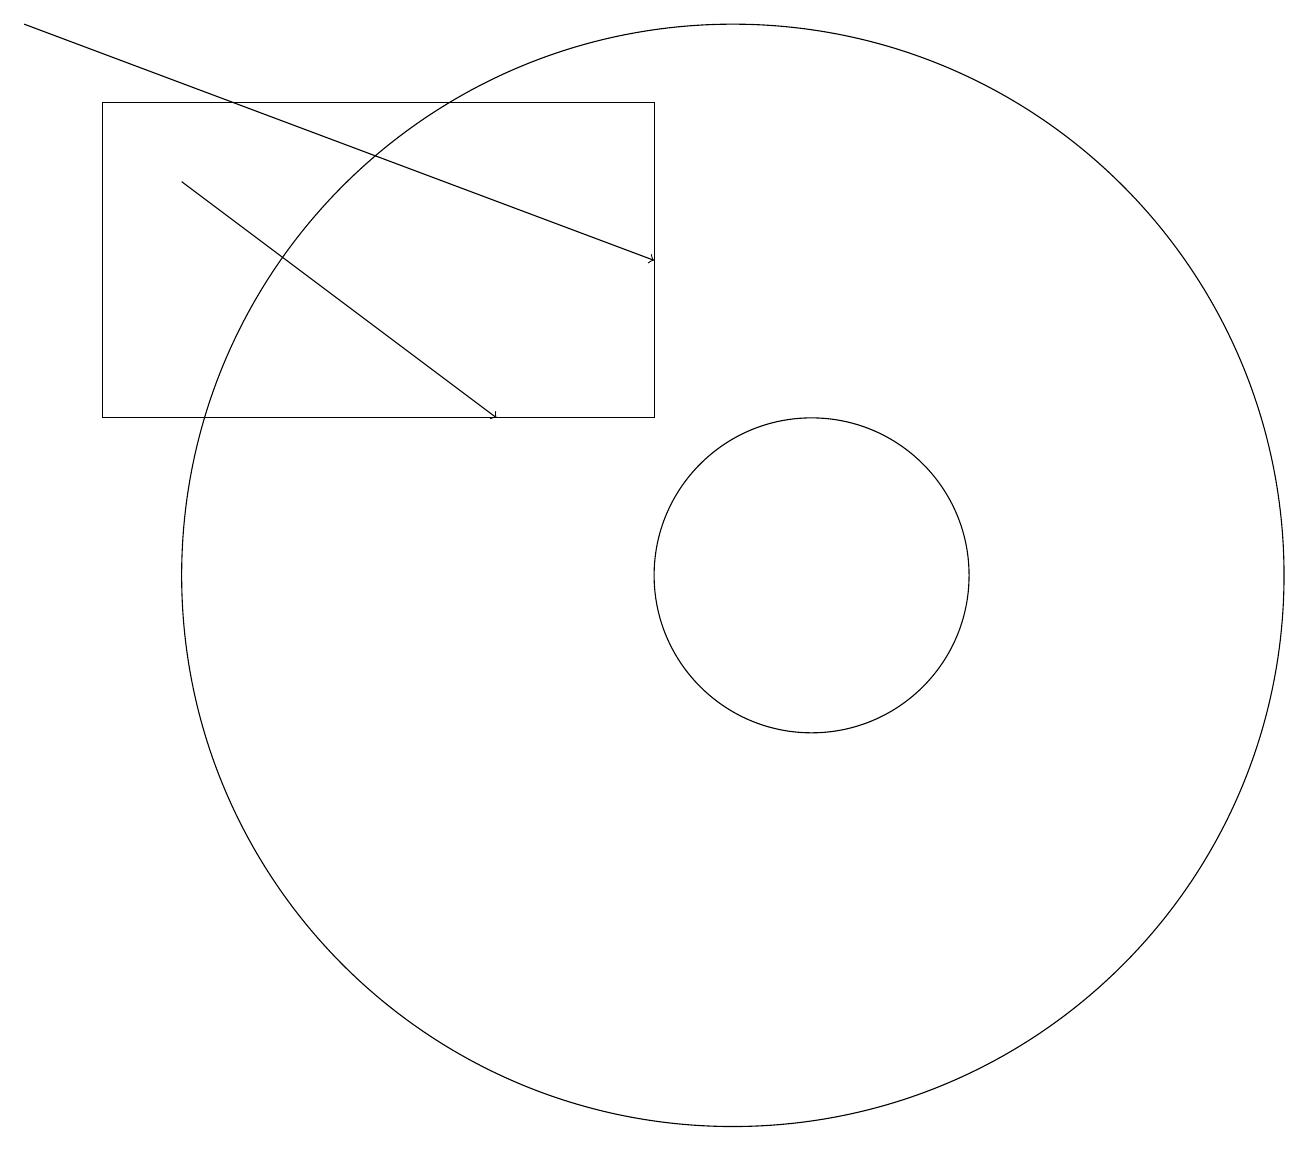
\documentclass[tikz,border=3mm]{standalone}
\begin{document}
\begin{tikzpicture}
\draw[->] (3,17) -- (7,14);
\draw (12,11) circle (0);
\draw (11,12) circle (2);
\draw (2,18) rectangle (9,14);
\draw[->] (1,19) -- (9,16);
\draw (10,12) circle (7);
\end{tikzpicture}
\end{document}